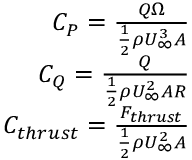
\begin{array} { r } { C _ { P } = \frac { Q \Omega } { \frac { 1 } { 2 } \rho U _ { \infty } ^ { 3 } A } } \\ { C _ { Q } = \frac { Q } { \frac { 1 } { 2 } \rho U _ { \infty } ^ { 2 } A R } } \\ { C _ { t h r u s t } = \frac { F _ { t h r u s t } } { \frac { 1 } { 2 } \rho U _ { \infty } ^ { 2 } A } } \end{array}